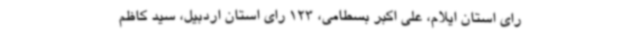
رای استان ایلام، علی اکبر بسطامی، 123 رای استان اردبیل، سید کاظم